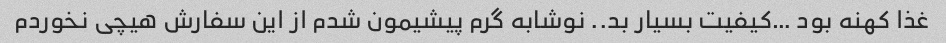
غذا کهنه بود …کیفیت بسیار بد.. نوشابه گرم پیشیمون شدم از این سفارش هیچی نخوردم